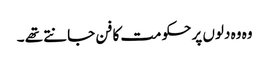
وہ وہ دلوں پر حکومت کا فن جانتے تھے ۔